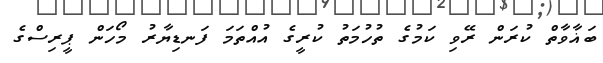
ބަޣާވާތް ކުރަން ރޭވި ކަމުގެ ތުހުމަތު ކުރީގެ އުއްތަމަ ފަނޑިޔާރު މޯހަން ޕީރިސްގެ